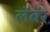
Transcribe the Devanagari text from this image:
लॅबॅर